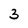
Character: 3